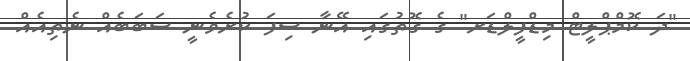
"ދަ ކޮމްޕްލީޓް މިޑްފީލްޑަރ" ގެ ގޮތުގައި އޭނާ ސިފަ ކުރެވެނީ ސަބަބެއް ނެތިއެއް